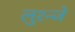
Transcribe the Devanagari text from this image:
लुश्न्जे